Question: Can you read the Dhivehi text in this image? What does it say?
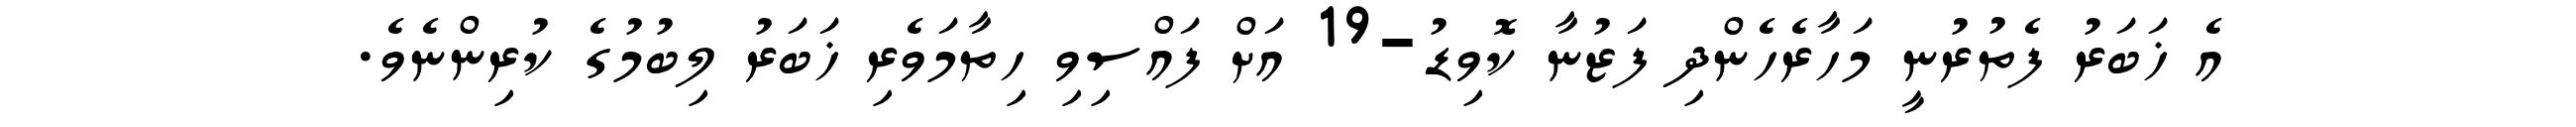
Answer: އެ ޚަބަރު ފެތުރުނީ މަހާރެހެންދި ފަޒުނާ ކޮވިޑު-19 އަށް ފައްސިވި ހިތާމަވެރި ޚަބަރު ލިބުމުގެ ކުރިންނެވެ.